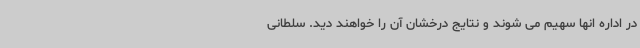
در اداره انها سهیم می شوند و نتایج درخشان آن را خواهند دید. سلطانی